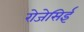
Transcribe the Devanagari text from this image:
रोजेसिई